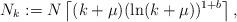
LaTeX: \begin{align*}N_k:=N\left\lceil(k+\mu)(\ln(k+\mu))^{1+b}\right\rceil,\end{align*}